Report of the Indian Hemp Drugs Commission, 1894-1895 - Volume II
Year: 1894
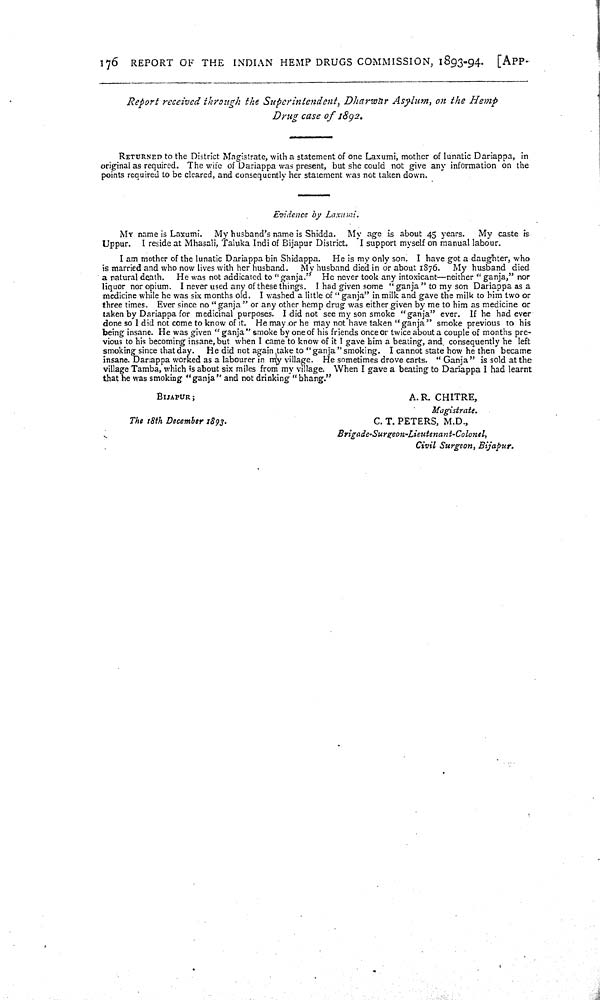
176 REPORT OF THE INDIAN HEMP DRUGS COMMISSION, 1893-94. [APP-
Report received through the Superintendent, Dharwar Asylum, on the Hemp
Drug case of 1892.
RETURNED to the District Magistrate, with a statement of one Laxumi, mother of lunatic Dariappa, in
original as required. The wife of Dariappa was present, but she could not give any information on the
points required to be cleared, and consequently her statement was not taken down.
Evidence by Laxumi.
MY name is Laxumi. My husband's name is Shidda. My age is about 45 years. My caste is
Uppur. I reside at Mhasali, Taluka Indi of Bijapur District. I support myself on manual labour.
I am mother of the lunatic Dariappa bin Shidappa. He is my only son. I have got a daughter, who
is married and who now lives with her husband. My husband died in or about 1876. My husband died
a natural death. He was not addicated to "ganja." He never took any intoxicant—neither "ganja," nor
liquor nor opium. I never used any of these things. I had given some "ganja" to my son Dariappa as a
medicine while he was six months old. I washed a little of "ganja" in milk and gave the milk to him two or
three times. Ever since no "ganja" or any other hemp drug was either given by me to him as medicine or
taken by Dariappa for medicinal purposes. I did not see my son smoke "ganja" ever. If he had ever
done so I did not come to know of it. He may or he may not have taken "ganja" smoke previous to his
being insane. He was given "ganja" smoke by one of his friends once or twice about a couple of months pre-
vious to his becoming insane, but when I came to know of it I gave him a beating, and consequently he left
smoking since that day. He did not again take to "ganja" smoking. I cannot state how he then became
insane. Dariappa worked as a labourer in my village. He sometimes drove carts. "Ganja" is sold at the
village Tamba, which is about six miles from my village. When I gave a beating to Dariappa I had learnt
that he was smoking "ganja" and not drinking "bhang."
BIJAPUR;
A.R. CHITRE,
Magistrate.
The 18th December
1893.
C. T. PETERS, M.D.,
Brigade-Surgeon-Lieutenant-Colonel,
Civil Surgeon, Bijapur.